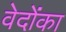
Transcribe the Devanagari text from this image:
वेदोंका